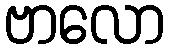
ဗာလော